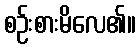
စဉ်းစားမိလေ၏။